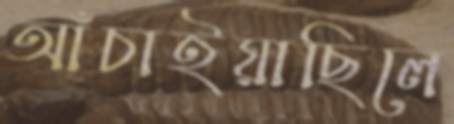
আঁচাইয়াছিলে